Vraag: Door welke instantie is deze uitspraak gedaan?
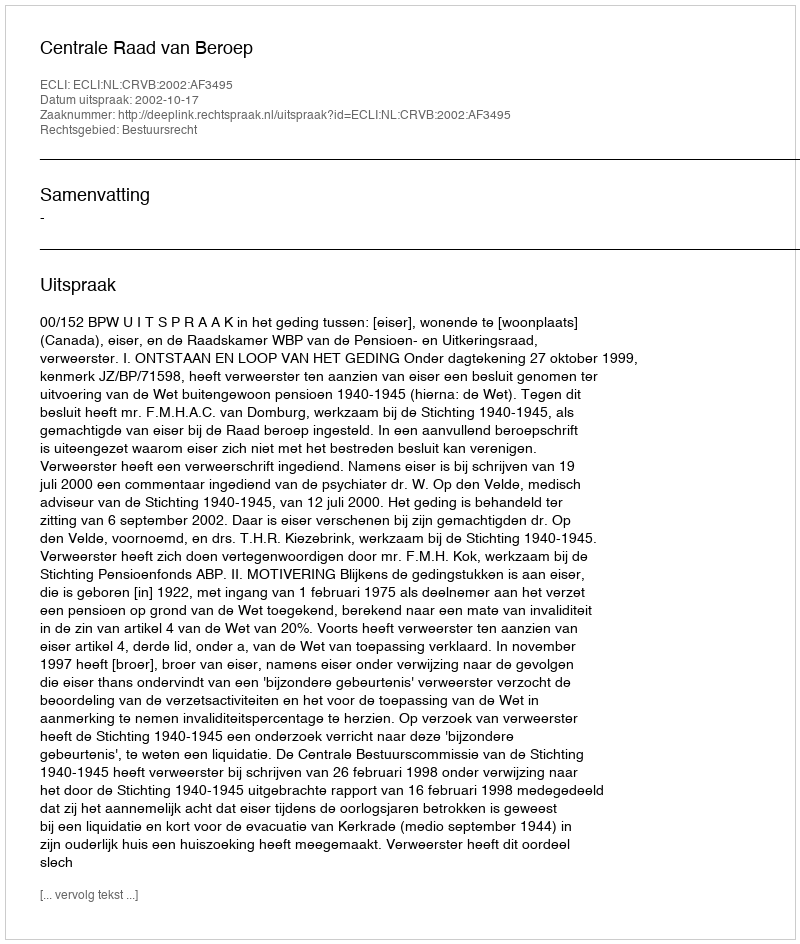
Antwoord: Centrale Raad van Beroep